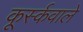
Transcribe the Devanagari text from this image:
कूर्स्कवाले